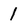
Character: 1